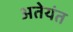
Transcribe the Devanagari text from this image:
अतेयंत